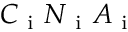
C _ { \mathrm { ~ i ~ } } N _ { \mathrm { ~ i ~ } } A _ { \mathrm { ~ i ~ } }